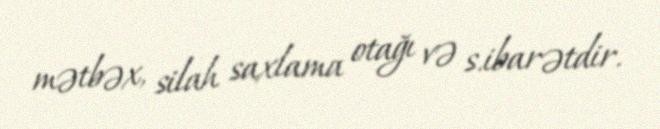
mətbəx, silah saxlama otağı və s.ibarətdir.